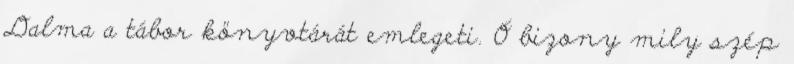
Dalma a tábor könyvtárát emlegeti. Ó bizony mily szép